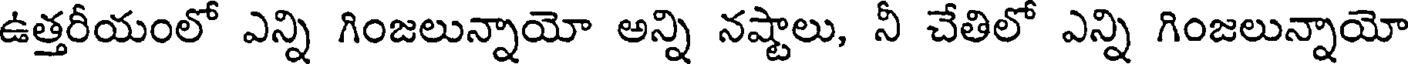
ఉత్తరీయంలో ఎన్ని గింజలున్నాయో అన్ని నష్టాలు, నీ చేతిలో ఎన్ని గింజలున్నాయో